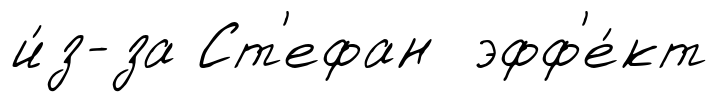
и́з-за Ст'ефан эфф'е́кт